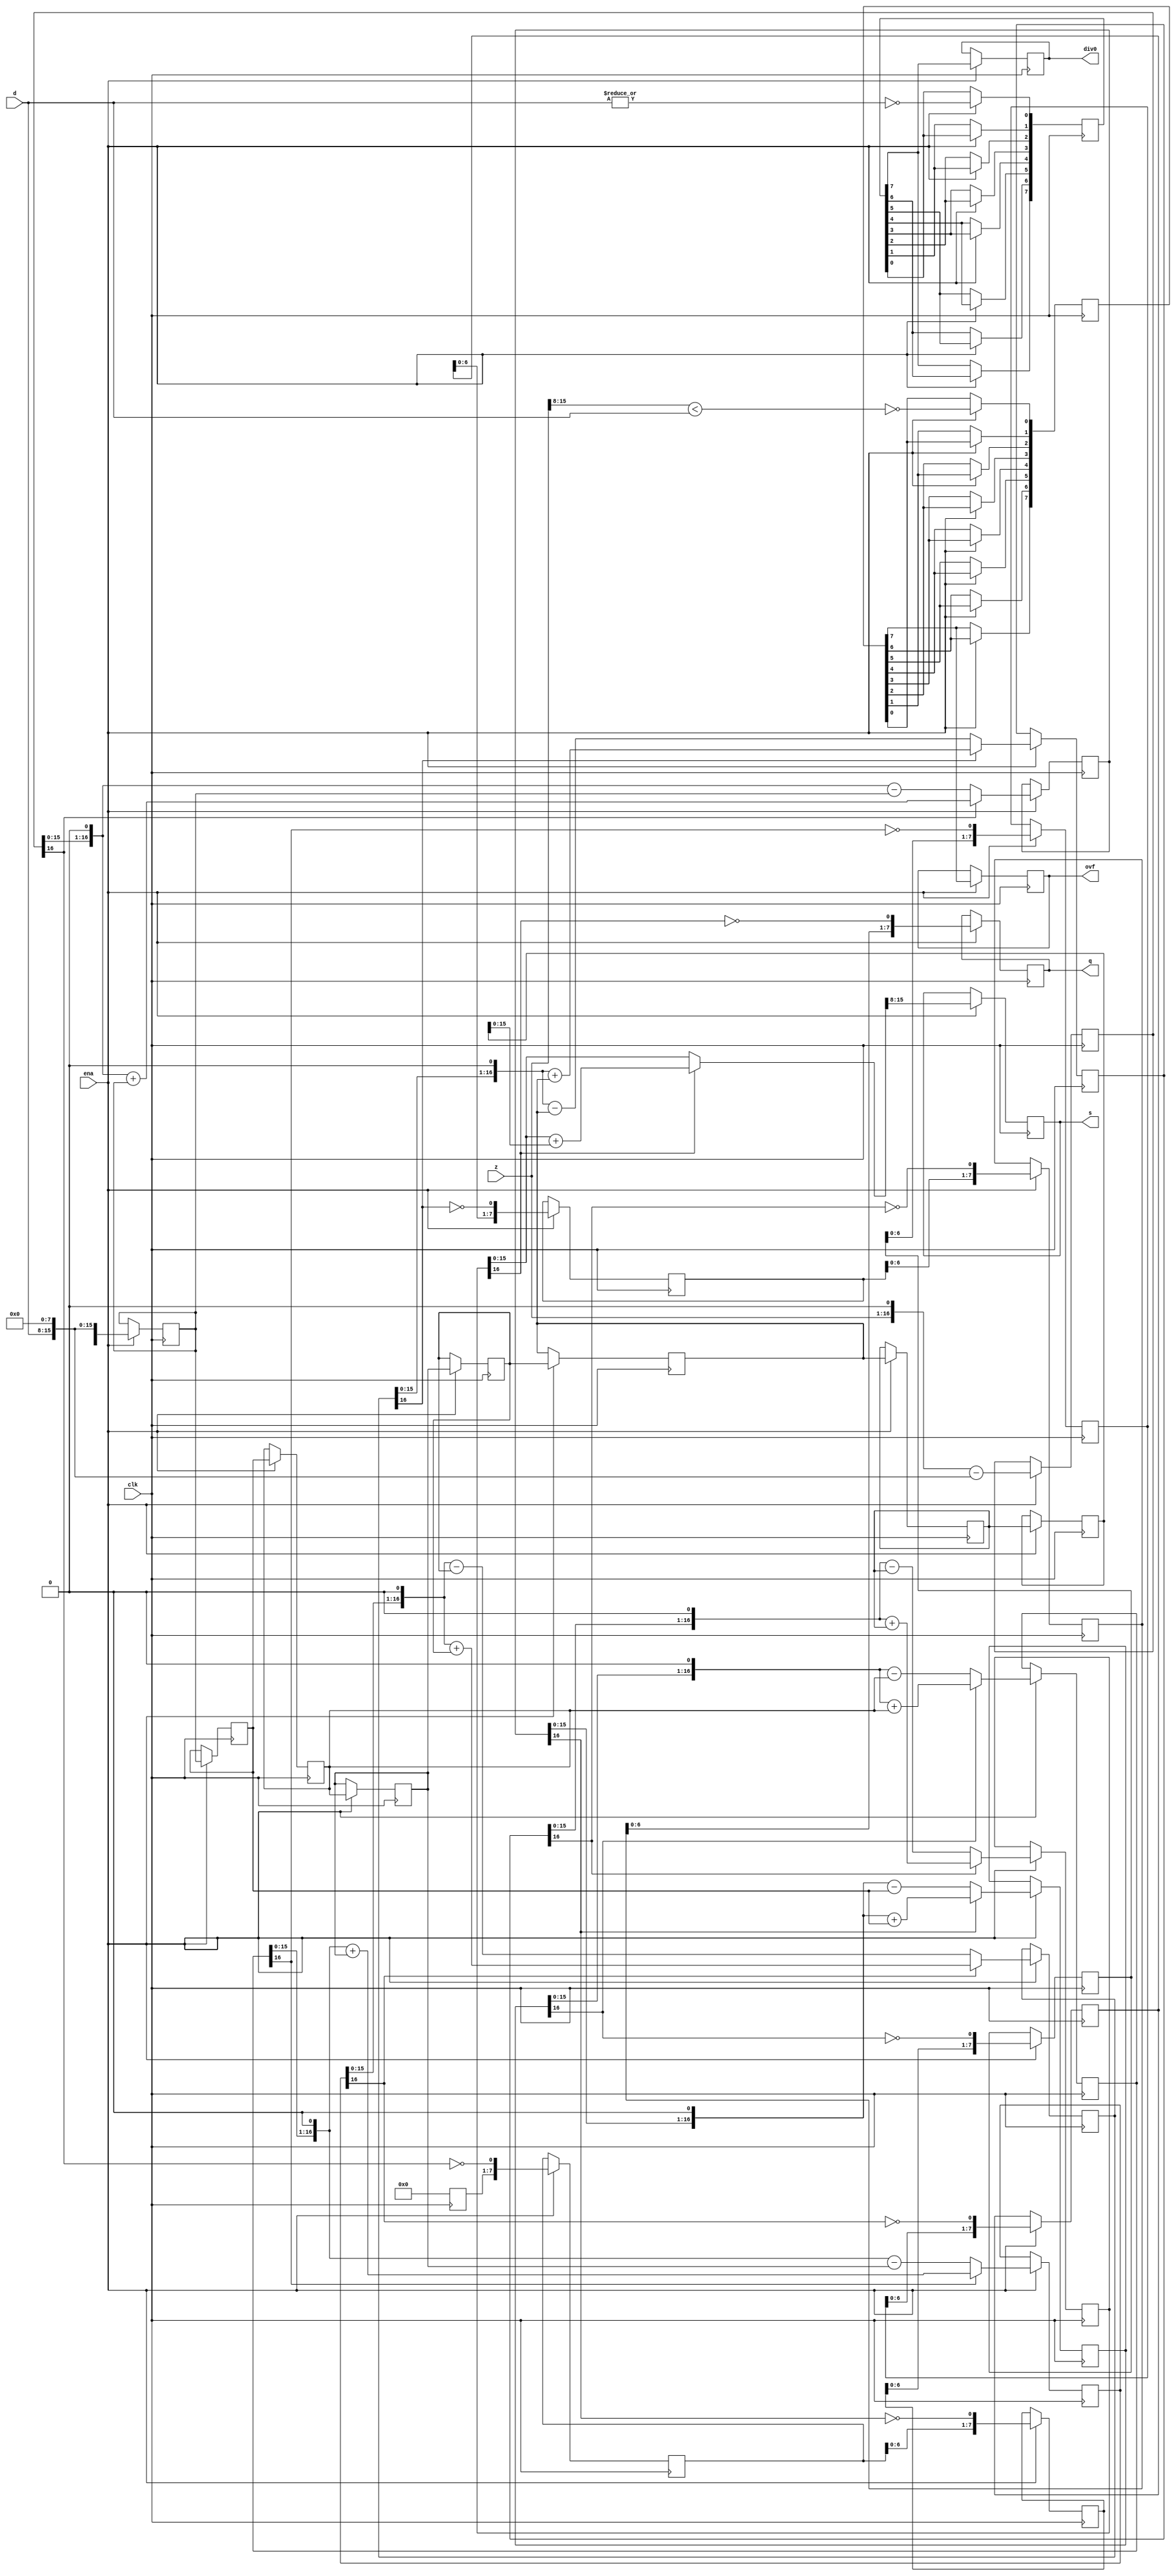
/////////////////////////////////////////////////////////////////////
////                                                             ////
////  Non-restoring unsigned divider                             ////
////                                                             ////
////          richard@asics.ws                                   ////
////          www.asics.ws                                       ////
////                                                             ////
/////////////////////////////////////////////////////////////////////
////                                                             ////
//// Copyright (C) 2002 Richard Herveille                        ////
////                    richard@asics.ws                         ////
////                                                             ////
//// This source file may be used and distributed without        ////
//// restriction provided that this copyright statement is not   ////
//// removed from the file and that any derivative work contains ////
//// the original copyright notice and the associated disclaimer.////
////                                                             ////
////     THIS SOFTWARE IS PROVIDED ``AS IS'' AND WITHOUT ANY     ////
//// EXPRESS OR IMPLIED WARRANTIES, INCLUDING, BUT NOT LIMITED   ////
//// TO, THE IMPLIED WARRANTIES OF MERCHANTABILITY AND FITNESS   ////
//// FOR A PARTICULAR PURPOSE. IN NO EVENT SHALL THE AUTHOR      ////
//// OR CONTRIBUTORS BE LIABLE FOR ANY DIRECT, INDIRECT,         ////
//// INCIDENTAL, SPECIAL, EXEMPLARY, OR CONSEQUENTIAL DAMAGES    ////
//// (INCLUDING, BUT NOT LIMITED TO, PROCUREMENT OF SUBSTITUTE   ////
//// GOODS OR SERVICES; LOSS OF USE, DATA, OR PROFITS; OR        ////
//// BUSINESS INTERRUPTION) HOWEVER CAUSED AND ON ANY THEORY OF  ////
//// LIABILITY, WHETHER IN  CONTRACT, STRICT LIABILITY, OR TORT  ////
//// (INCLUDING NEGLIGENCE OR OTHERWISE) ARISING IN ANY WAY OUT  ////
//// OF THE USE OF THIS SOFTWARE, EVEN IF ADVISED OF THE         ////
//// POSSIBILITY OF SUCH DAMAGE.                                 ////
////                                                             ////
/////////////////////////////////////////////////////////////////////

//  CVS Log
//
//  $Id: div_uu.v,v 1.3 2003-09-17 13:08:53 rherveille Exp $
//
//  $Date: 2003-09-17 13:08:53 $
//  $Revision: 1.3 $
//  $Author: rherveille $
//  $Locker:  $
//  $State: Exp $
//
// Change History:
//               $Log: not supported by cvs2svn $
//               Revision 1.2  2002/10/31 13:54:58  rherveille
//               Fixed a bug in the remainder output of div_su.v
//
//               Revision 1.1.1.1  2002/10/29 20:29:10  rherveille
//
//
//
`default_nettype wire

//synopsys translate_off
`timescale 1ns / 10ps
//synopsys translate_on

module div_uu(clk, ena, z, d, q, s, div0, ovf);

	//
	// parameters
	//
	parameter z_width = 16;
	parameter d_width = z_width /2;
	
	//
	// inputs & outputs
	//
	input clk;               // system clock
	input ena;               // clock enable

	input  [z_width -1:0] z; // divident
	input  [d_width -1:0] d; // divisor
	output [d_width -1:0] q; // quotient
	output [d_width -1:0] s; // remainder
	output div0;
	output ovf;
	reg [d_width-1:0] q;
	reg [d_width-1:0] s;
	reg div0;
	reg ovf;

	//	
	// functions
	//
	function [z_width:0] gen_s;
		input [z_width:0] si;
		input [z_width:0] di;
	begin
	  if(si[z_width])
	    gen_s = {si[z_width-1:0], 1'b0} + di;
	  else
	    gen_s = {si[z_width-1:0], 1'b0} - di;
	end
	endfunction

	function [d_width-1:0] gen_q;
		input [d_width-1:0] qi;
		input [z_width:0] si;
	begin
	  gen_q = {qi[d_width-2:0], ~si[z_width]};
	end
	endfunction

	function [d_width-1:0] assign_s;
		input [z_width:0] si;
		input [z_width:0] di;
		reg [z_width:0] tmp;
	begin
	  if(si[z_width])
	    tmp = si + di;
	  else
	    tmp = si;

	  assign_s = tmp[z_width-1:z_width-d_width];
	end
	endfunction

	//
	// variables
	//
	reg [d_width-1:0] q_pipe  [d_width-1:0];
	reg [z_width:0] s_pipe  [d_width:0];
	reg [z_width:0] d_pipe  [d_width:0];

	reg [d_width:0] div0_pipe, ovf_pipe;
	//
	// perform parameter checks
	//
	// synopsys translate_off
	initial
	begin
	  if(d_width !== z_width / 2)
	    $display("div.v parameter error (d_width != z_width/2).");
	end
	// synopsys translate_on

	integer n0, n1, n2, n3;

	// generate divisor (d) pipe
	always @(d)
	  d_pipe[0] <= {1'b0, d, {(z_width-d_width){1'b0}} };

	always @(posedge clk)
	  if(ena)
	    for(n0=1; n0 <= d_width; n0=n0+1)
	       d_pipe[n0] <= #1 d_pipe[n0-1];

	// generate internal remainder pipe
	always @(z)
	  s_pipe[0] <= z;

	always @(posedge clk)
	  if(ena)
	    for(n1=1; n1 <= d_width; n1=n1+1)
	       s_pipe[n1] <= #1 gen_s(s_pipe[n1-1], d_pipe[n1-1]);

	// generate quotient pipe
	always @(posedge clk)
	  q_pipe[0] <= #1 0;

	always @(posedge clk)
	  if(ena)
	    for(n2=1; n2 < d_width; n2=n2+1)
	       q_pipe[n2] <= #1 gen_q(q_pipe[n2-1], s_pipe[n2]);


	// flags (divide_by_zero, overflow)
	always @(z or d)
	begin
	  ovf_pipe[0]  <= !(z[z_width-1:d_width] < d);
	  div0_pipe[0] <= ~|d;
	end

	always @(posedge clk)
	  if(ena)
	    for(n3=1; n3 <= d_width; n3=n3+1)
	    begin
	        ovf_pipe[n3] <= #1 ovf_pipe[n3-1];
	        div0_pipe[n3] <= #1 div0_pipe[n3-1];
	    end

	// assign outputs
	always @(posedge clk)
	  if(ena)
	    ovf <= #1 ovf_pipe[d_width];

	always @(posedge clk)
	  if(ena)
	    div0 <= #1 div0_pipe[d_width];

	always @(posedge clk)
	  if(ena)
	    q <= #1 gen_q(q_pipe[d_width-1], s_pipe[d_width]);

	always @(posedge clk)
	  if(ena)
	    s <= #1 assign_s(s_pipe[d_width], d_pipe[d_width]);
endmodule